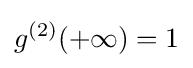
g^{(2)}(+\infty )=1